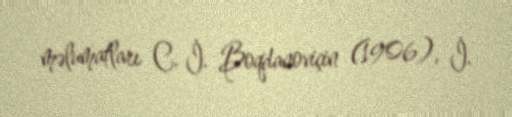
məlumatları C. İ. Boqdanoviçin (1906), İ.